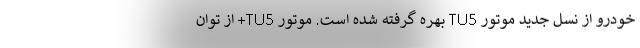
خودرو از نسل جدید موتور TU5 بهره گرفته شده است. موتور TU5+ از توان